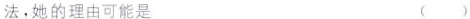
法，她的理由可能是 ( )